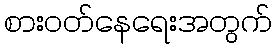
စားဝတ်နေရေးအတွက်